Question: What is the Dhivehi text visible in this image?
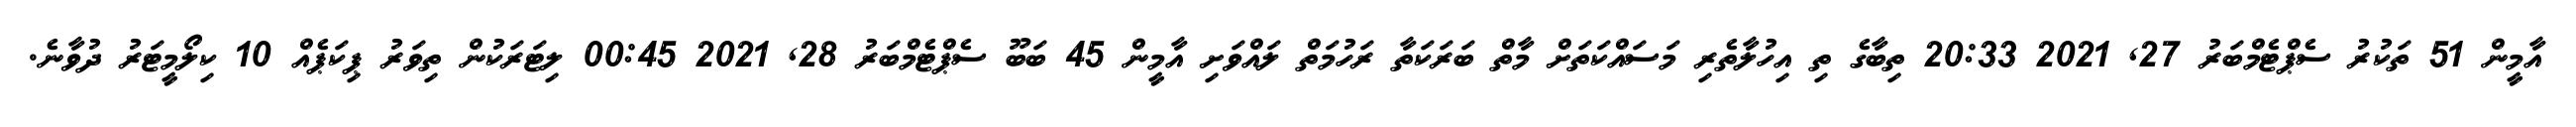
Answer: އާމީން 51 ތަކުރު ސެޕްޓެމްބަރު 27, 2021 20:33 ތިބާގެ ތި އިހުލާތެރި މަސައްކަތަށް މާތް ބަރަކަތާ ރަހުމަތް ލައްވަށި އާމީން 45 ބަބޫ ސެޕްޓެމްބަރު 28, 2021 00:45 ލިޓަރަކުން ތިވަރު ޕިކަޕެއް 10 ކިލޯމީޓަރު ދުވާނެ.